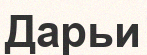
Дарьи